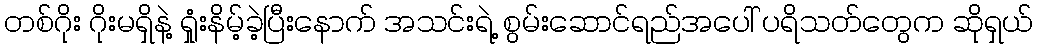
တစ်ဂိုး ဂိုးမရှိနဲ့ ရှုံးနိမ့်ခဲ့ပြီးနောက် အသင်းရဲ့ စွမ်းဆောင်ရည်အပေါ် ပရိသတ်တွေက ဆိုရှယ်